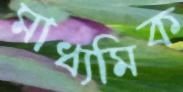
মাধ্যমিক